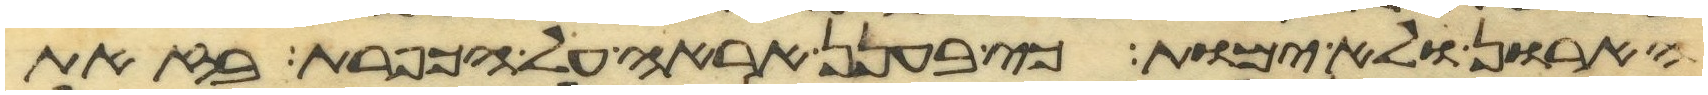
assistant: הארון ולא ימות כי בענן אראה אל הכפרת בזאת